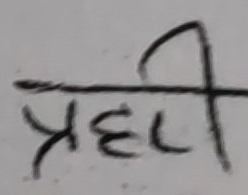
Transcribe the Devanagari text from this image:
प्रही